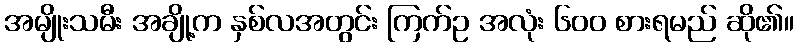
အမျိုးသမီး အချို့က နှစ်လအတွင်း ကြက်ဥ အလုံး ၆၀၀ စားရမည် ဆို၏။